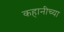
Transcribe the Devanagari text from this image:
कहानीच्या